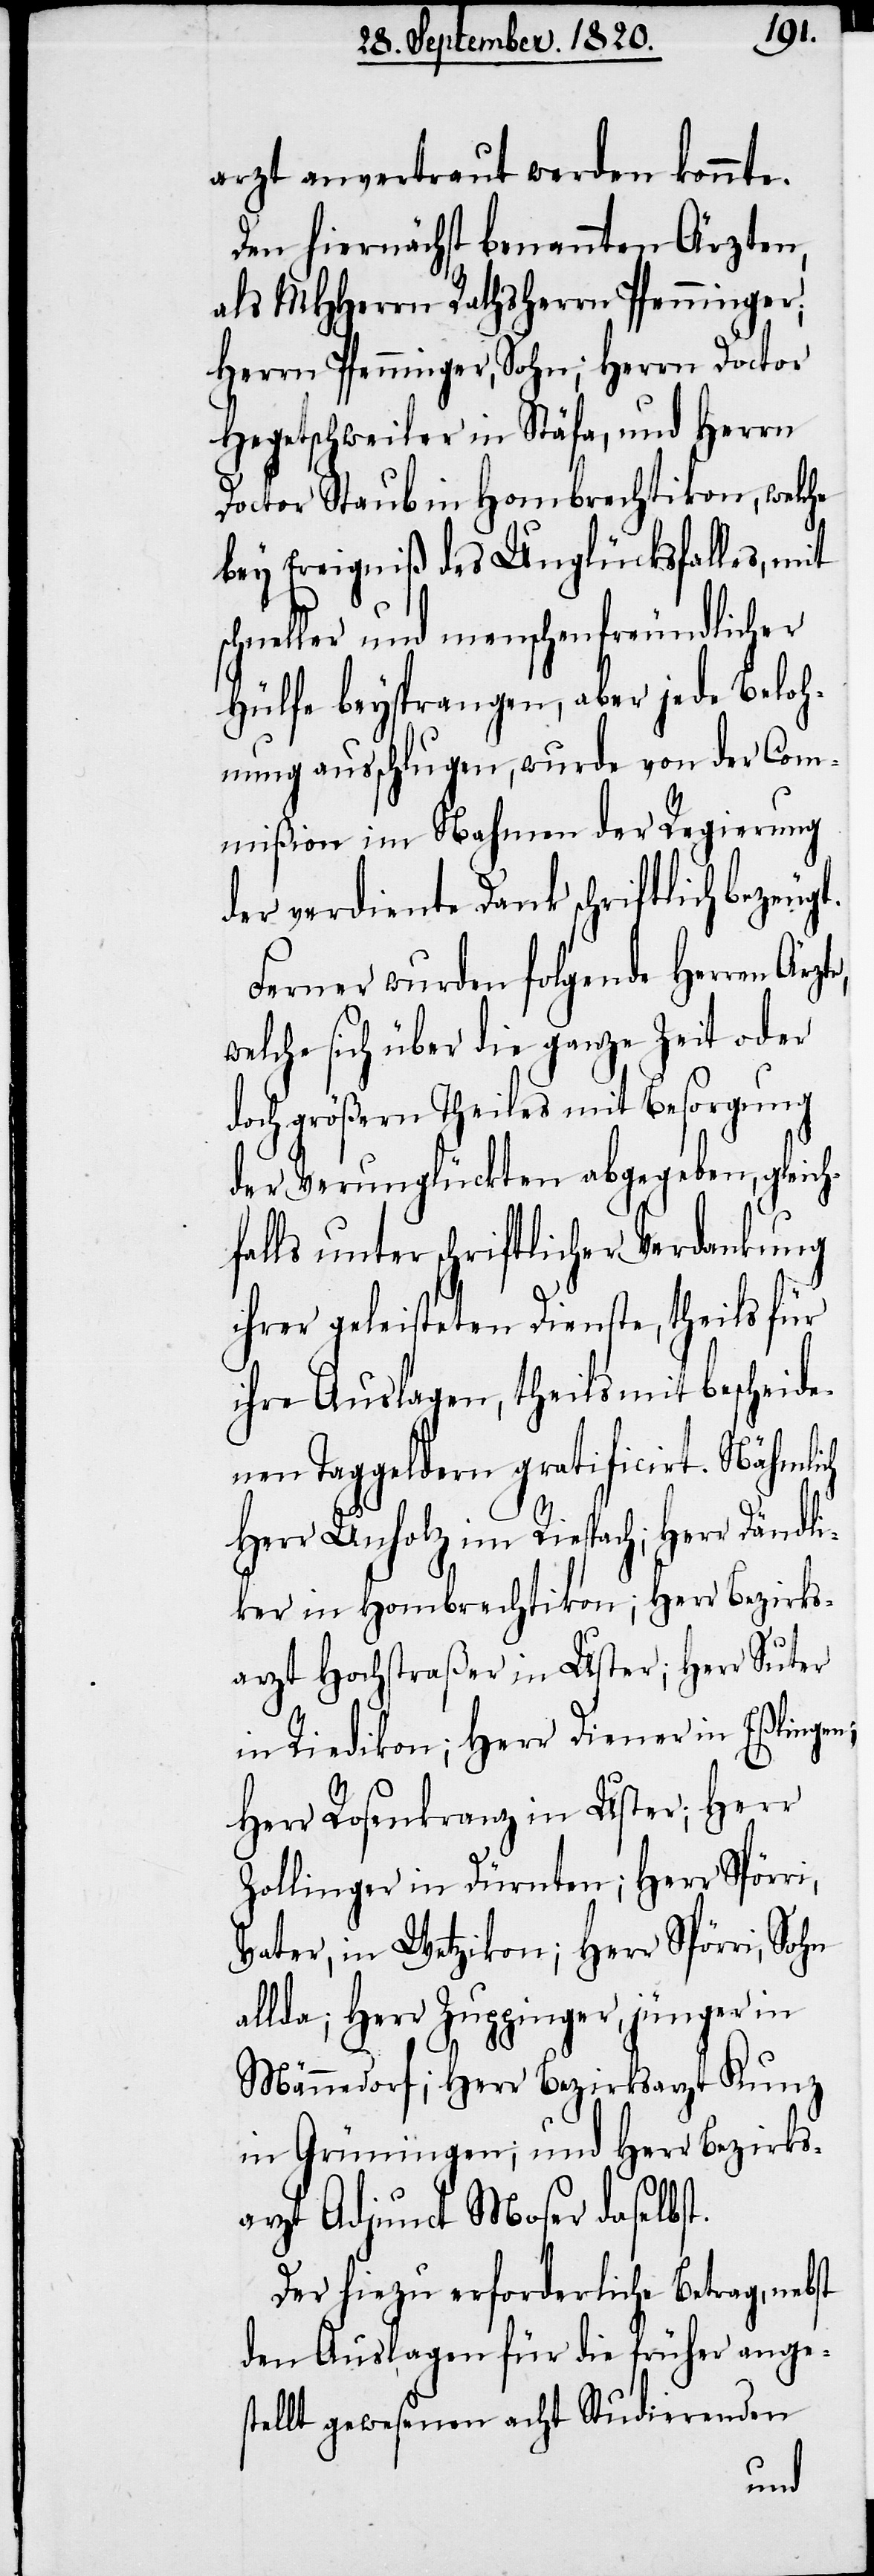
arzt anvertraut werden konnte.
Den hiernächst benannten Ärzten,
als MHherrn Rathsherrn Pfenninger,
Herrn Pfenninger, Sohn; Herrn Doctor
Hegetschweiler in Stäfa, und Herrn
Doctor Staub in Hombrechtikon, welche
bey Ereigniß des Unglücksfalles, mit
schneller und menschenfreundlicher
Hülfe beysprangen, aber jede Beloh¬
nung ausschlugen, wurde von der Com¬
mißion im Nahmen der Regierung
der verdiente Dank schriftlich beze¬
Ferner wurden folgende Herren
welche sich über die ganze Zeit oder
doch größern Theiles mit Besorgung
der Verunglückten abgegeben, gleic¬
hfalls unter schriftlicher Verdankung
ihrer geleisteten Dienste, theils für
ihre Auslagen, theils mit bescheide¬
nen Taggeldern gratificirt. Nähmlich
Herr Unholz im Riespach; Herr Dändli¬
ker im Hombrechtikon, Herr Bezirks¬
arzt Hochstraßer in Uster; Herr Suter
in Riedikon; Herr Diener in Eßlingen;
Herr Rosenkranz in Uster; Herr
Zollinger in Dürnten, Herr Spörri,
Vater in Wetzikon; Herr Spörri, Sohn
allda; Herr Zuppinger, jünger in
Männedorf; Herr Bezirksarzt Kunz
in Grüningen, und Herr Bezirks¬
arzt Adjunct Moser daselbst.
Der hiezu erforderliche Betrag, nebst
den Auslagen für die früher ange¬
stellt gewesenen acht Studierenden
ugt.